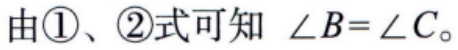
由\textcircled{1}、\textcircled{2}式可知 $\angle B=\angle C$。